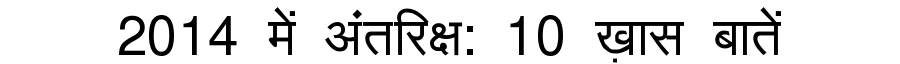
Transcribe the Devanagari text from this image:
2014 में अंतरिक्ष: 10 ख़ास बातें